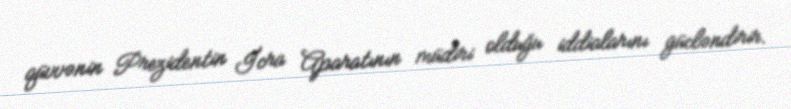
qüvvənin Prezidentin İcra Aparatının müdiri olduğu iddialarını gücləndirir.